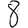
Digit: 8